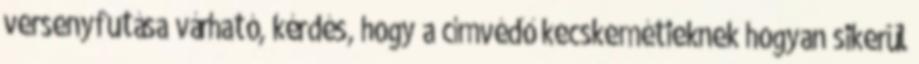
versenyfutása várható, kérdés, hogy a címvédő kecskemétieknek hogyan sikerül